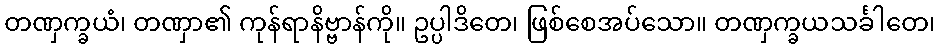
တဏှက္ခယံ၊ တဏှာ၏ ကုန်ရာနိဗ္ဗာန်ကို။ ဥပ္ပါဒိတေ၊ ဖြစ်စေအပ်သော။ တဏှက္ခယသင်္ခါတေ၊